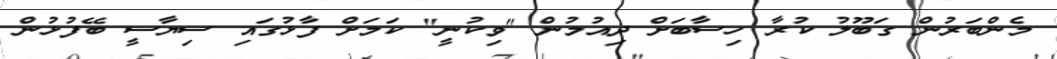
މެންބަރުން ގަބޫލު ކުރާ ހިސާބަށް ދިއުމުން "ވިކުނީ" ކަމަށް ފާޅުގައި ސިޔާސީ ބޭފުޅުން